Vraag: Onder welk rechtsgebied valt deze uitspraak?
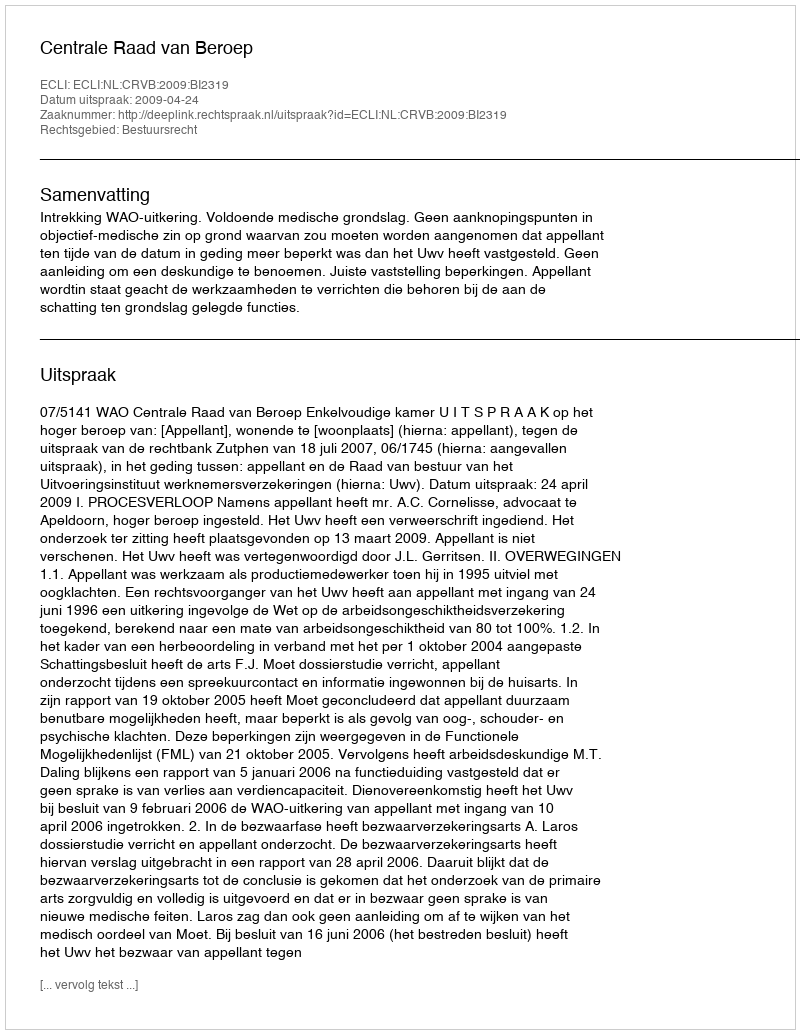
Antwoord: Bestuursrecht